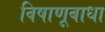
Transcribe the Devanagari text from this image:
विषाणूबाधा